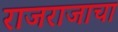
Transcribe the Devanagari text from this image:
राजराजाचा